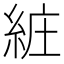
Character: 𦀐